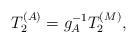
LaTeX: \begin{align*}T_2^{(A)} = g_A^{-1} T_2^{(M)}, \end{align*}